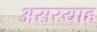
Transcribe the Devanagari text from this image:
असरयाह